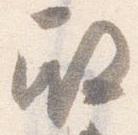
殿